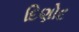
દિણોદ